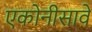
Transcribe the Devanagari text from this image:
एकोनीसावे